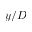
y / D